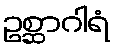
ဥစ္ဆာဂါရံ